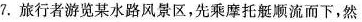
7.旅行者游览某水路风景区，先乘摩托艇顺流而下，然